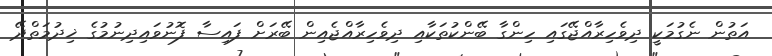
އަތުން ނެގުމަކީ ދިވެހިރާއްޖޭގައި ހިންގާ ބޭންކުތަކާއި ދިވެހިރާއްޖެއިން ބޭރަށް ފައިސާ ފޮނުވައިދިނުމުގެ ޚިދުމަތްދޭ